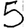
Digit: 5